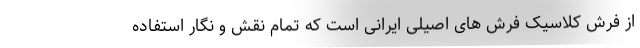
از فرش کلاسیک فرش های اصیلی ایرانی است که تمام نقش و نگار استفاده